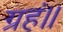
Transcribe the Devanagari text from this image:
ग्रहं।।